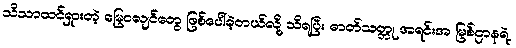
သိသာထင်ရှားတဲ့ မြေငလျင်တွေ ဖြစ်ပေါ်ခဲ့တယ်လို့ သိရပြီး ဓာတ်သတ္တု အရင်းအ မြစ်ဌာနရဲ့